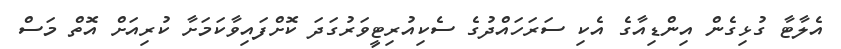
އެލާޓާ ގުޅިގެން އިންޑިއާގެ އެކި ސަރަހައްދުގެ ސެކިއުރިޓީވަރުގަދަ ކޮށްފައިވާކަމަށާ ކުރިއަށް އޮތް މަސް